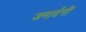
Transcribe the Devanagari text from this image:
जनार्दनीं